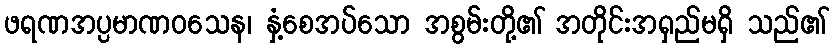
ဖရဏအပ္ပမာဏဝသေန၊ နှံ့စေအပ်သော အစွမ်းတို့၏ အတိုင်းအရှည်မရှိ သည်၏